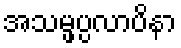
အသမ္ဖပ္ပလာပိနာ